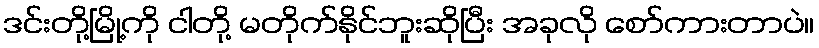
ဒင်းတို့မြို့ကို ငါတို့ မတိုက်နိုင်ဘူးဆိုပြီး အခုလို စော်ကားတာပဲ။